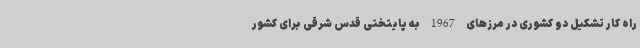
راه کار تشکیل دو کشوری در مرزهای 1967 به پایتختی قدس شرقی برای کشور